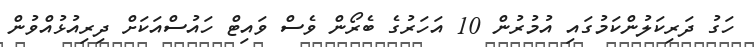
ހަގު ދަރިކަލުންކަމުގައި އުމުރުން 10 އަހަރުގެ ބެރޯން ވެސް ވައިޓް ހައުސްއަކަށް ދިރިއުޅުއްވުން